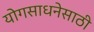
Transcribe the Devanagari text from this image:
योगसाधनेसाठी